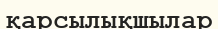
қарсылықшылар